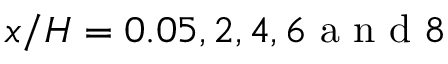
x / H = 0 . 0 5 , 2 , 4 , 6 \mathrm { ~ a ~ n ~ d ~ } 8